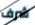
شرف